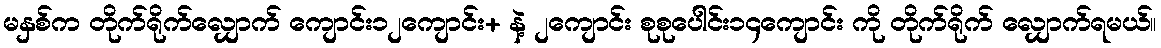
မနှစ်က တိုက်ရိုက်လျှောက် ကျောင်း၁၂ကျောင်း+ နဲ့ ၂ကျောင်း စုစုပေါင်း၁၄ကျောင်း ကို တိုက်ရိုက် လျှောက်ရမယ်။